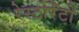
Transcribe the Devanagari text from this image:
रेस्टोरेंटो